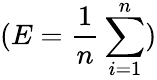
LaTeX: (E=\frac{1}{n}\sum_{i=1}^{n})